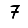
Digit: 7